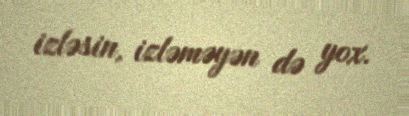
izləsin, izləməyən də yox.